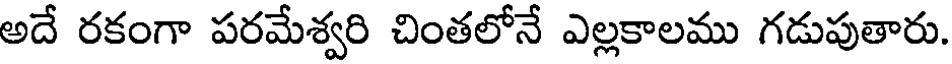
అదే రకంగా పరమేశ్వరి చింతలోనే ఎల్లకాలము గడుపుతారు.